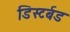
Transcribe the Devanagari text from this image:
डिस्टर्बड